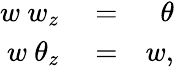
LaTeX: \begin{array}{rlr}{w\ w_{z}}&{{}=}&{\theta}\\ {w\ \theta_{z}}&{{}=}&{w,}\end{array}